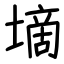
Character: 墑